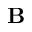
\mathbf { B }